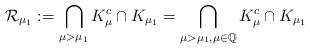
LaTeX: \begin{align*}\mathcal{R}_{\mu_1}:=\bigcap_{\mu>\mu_1}K^{c}_{\mu}\cap K_{\mu_1}=\bigcap_{\mu>\mu_1,\mu\in \mathbb{Q}}K^{c}_{\mu}\cap K_{\mu_1}\end{align*}